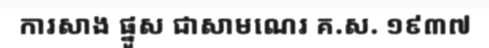
ការសាង ផ្នួស ជាសាមណេរ គ.ស. ១៩៣៧